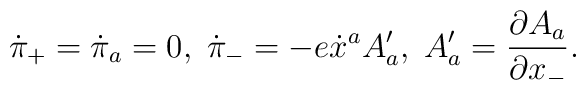
\dot{\pi}_{+}=\dot{\pi}_{a}=0,\;\dot{\pi}_{-}=-e\dot{x}^{a}A_{a}',\;A_{a}'=\frac{\partial A_{a}}{\partial x_{-}}.